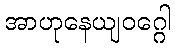
အာဟုနေယျဝဂ္ဂေါ